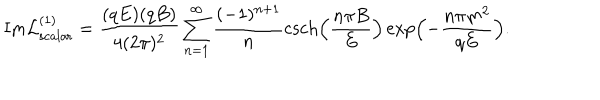
\mathrm { I m } { \cal L } _ { \mathrm { s c a l a r } } ^ { ( 1 ) } = \frac { ( q E ) ( q B ) } { 4 ( 2 \pi ) ^ { 2 } } \sum _ { n = 1 } ^ { \infty } \frac { ( - 1 ) ^ { n + 1 } } { n } \mathrm { c s c h } \Bigl ( \frac { n \pi B } { E } \Bigr ) \exp \Bigl ( - \frac { n \pi m ^ { 2 } } { q E } \Bigr ) .